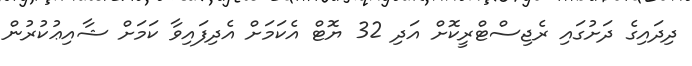
ދިދައިގެ ދަށުގައި ރެޖިސްޓްރީކޮށް އަދި 32 ޔޮޓް އެކަމަށް އެދިފައިވާ ކަމަށް ޝާއިޢުކުރުން